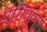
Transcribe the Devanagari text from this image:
पगिणना